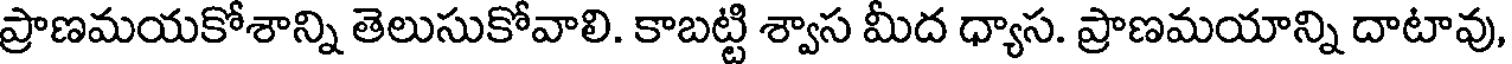
ప్రాణమయకోశాన్ని తెలుసుకోవాలి. కాబట్టి శ్వాస మీద ధ్యాస. ప్రాణమయాన్ని దాటావు,